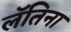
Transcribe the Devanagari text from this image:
लॅतिना